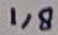
Text: 1,8